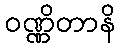
ဝဏ္ဏိတာနိ